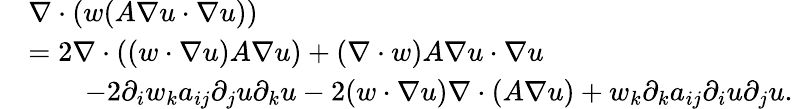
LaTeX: \begin{array}{r}{\begin{array}{rl}&{\nabla\cdot(w(A\nabla u\cdot\nabla u))}\\ &{=2\nabla\cdot((w\cdot\nabla u)A\nabla u)+(\nabla\cdot w)A\nabla u\cdot\nabla u}\\ &{\qquad-2\partial_{i}w_{k}a_{ij}\partial_{j}u\partial_{k}u-2(w\cdot\nabla u)\nabla\cdot(A\nabla u)+w_{k}\partial_{k}a_{ij}\partial_{i}u\partial_{j}u.}\end{array}}\end{array}